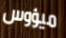
ميؤوس